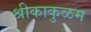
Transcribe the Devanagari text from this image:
श्रीकाकुळम